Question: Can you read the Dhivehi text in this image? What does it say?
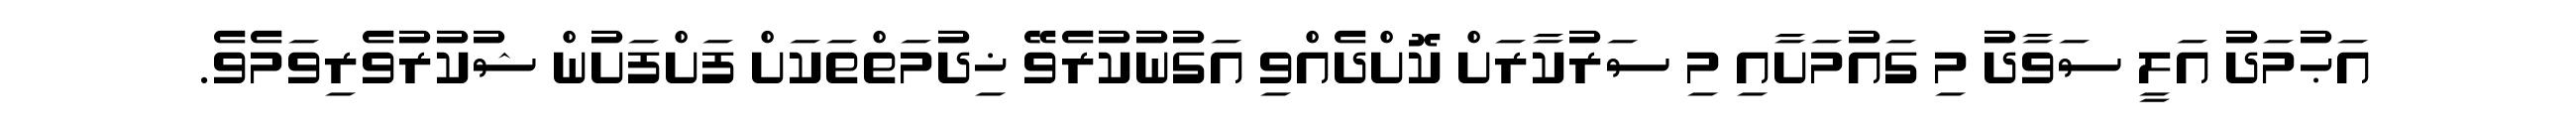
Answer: އަޙުމަދު އަލީ ސަވާދު މި ގައުމަށާއި މި ސަރުކާރަށް ކޮށްދެއްވި އަގުނުކުރެވޭ ޚިދުމަތްތަކަށް ފަށްފަށުން ޝުކުރުވެރިވަމެވެ.